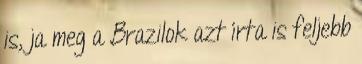
is, ja meg a Brazilok azt írta is feljebb